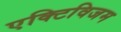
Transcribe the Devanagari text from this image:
एक्टिविजम